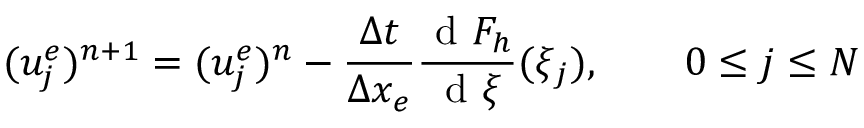
( u _ { j } ^ { e } ) ^ { n + 1 } = ( u _ { j } ^ { e } ) ^ { n } - \frac { \Delta t } { \Delta x _ { e } } \frac { \textrm { d } F _ { h } } { \textrm { d } \xi } ( \xi _ { j } ) , \qquad 0 \le j \le N